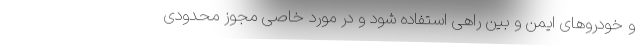
و خودروهای ایمن و بین راهی استفاده شود و در مورد خاصی مجوز محدودی